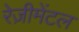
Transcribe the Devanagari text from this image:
रेज़ीमेंटल